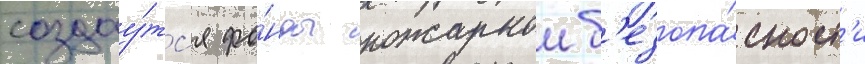
создау́тс'я фо́нды пожарнои б'езопа́сност'и